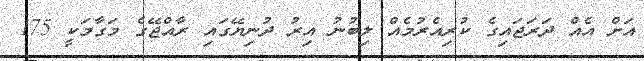
އަށް އެއް ދަރަޖައިގެ ކުރިއެރުމެއް ލިބުނު އިރު ދުނިޔޭގައި ރާއްޖޭގެ މަގާމަކީ 175